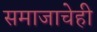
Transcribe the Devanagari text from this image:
समाजाचेही